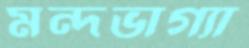
মন্দভাগ্যা